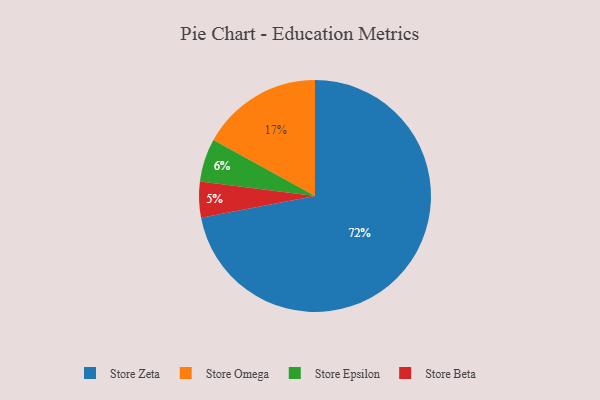
{"axis": {"x": "Category", "y": "Percentage"}, "legend": ["Store Beta", "Store Epsilon", "Store Omega", "Store Zeta"], "data": [{"x": "Store Beta", "y": 5, "type": "Store Beta"}, {"x": "Store Zeta", "y": 72, "type": "Store Zeta"}, {"x": "Store Omega", "y": 17, "type": "Store Omega"}, {"x": "Store Epsilon", "y": 6, "type": "Store Epsilon"}]}